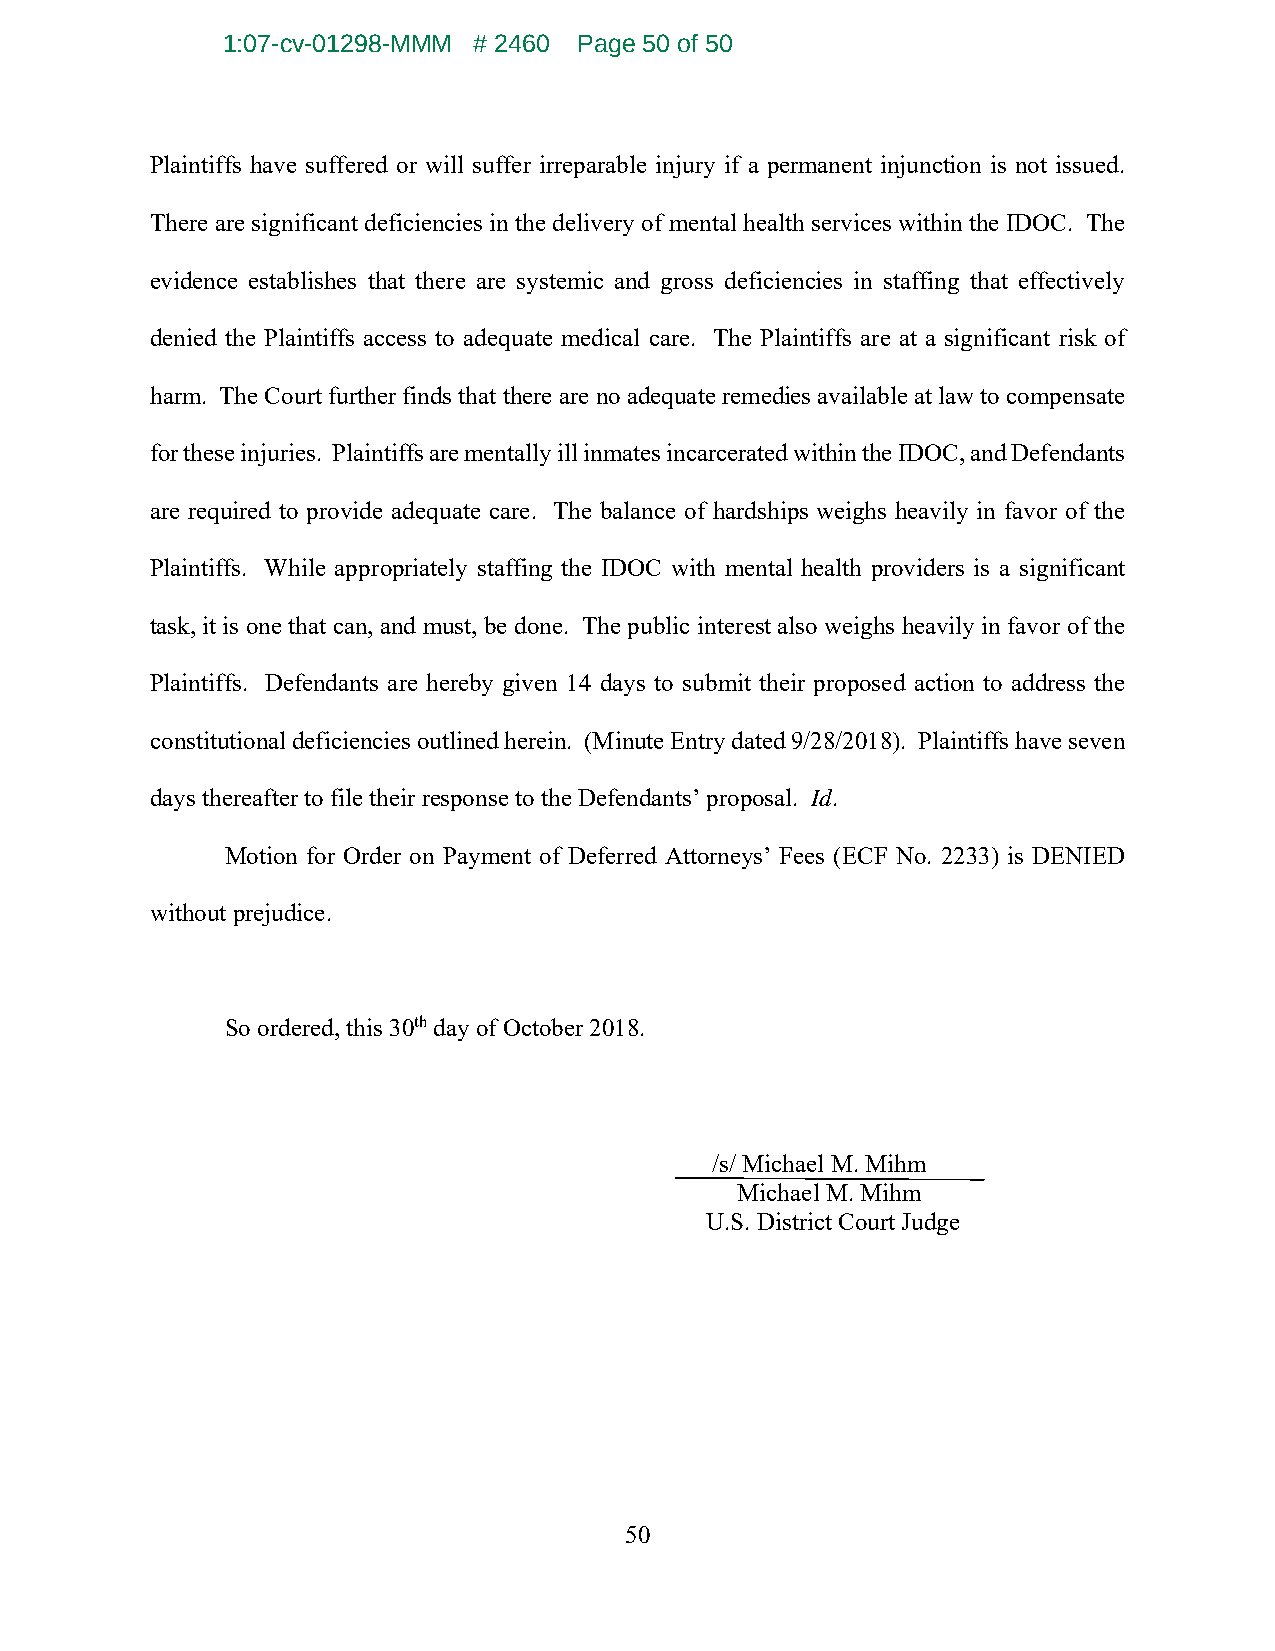
1:07-cv-01298-MMM # 2460 Page 50 of 50
 Plaintiffs have suffered or will suffer irreparable injury if a permanent injunction is not issued.
 There are significant deficiencies in the delivery of mental health services within the IDOC. The
 evidence establishes that there are systemic and gross deficiencies in staffing that effectively
 denied the Plaintiffs access to adequate medical care. The Plaintiffs are at a significant risk of
 harm. The Court further finds that there are no adequate remedies available at law to compensate
 for these injuries. Plaintiffs are mentally ill inmates incarcerated within the IDOC, and Defendants
 are required to provide adequate care. The balance of hardships weighs heavily in favor of the
 Plaintiffs. While appropriately staffing the IDOC with mental health providers is a significant
 task, it is one that can, and must, be done. The public interest also weighs heavily in favor of the
 Plaintiffs. Defendants are hereby given 14 days to submit their proposed action to address the
 constitutional deficiencies outlined herein. (Minute Entry dated 9/28/2018). Plaintiffs have seven
 days thereafter to file their response to the Defendants’ proposal. Id.
 Motion for Order on Payment of Deferred Attorneys’ Fees (ECF No. 2233) is DENIED
 without prejudice.
 So ordered, this 30th day of October 2018.
 /s/ Michael M. Mihm
 Michael M. Mihm
 U.S. District Court Judge
 50